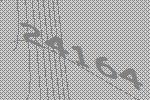
24164